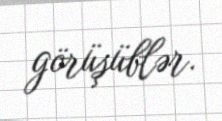
görüşüblər.